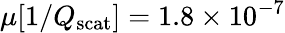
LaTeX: \mu[1/Q_{\mathrm{scat}}]=1.8\times 10^{-7}